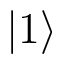
| 1 \rangle